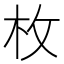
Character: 枚